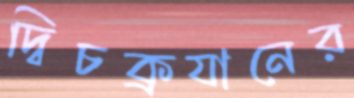
দ্বিচক্রযানের